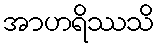
အာဟရိဿသိ